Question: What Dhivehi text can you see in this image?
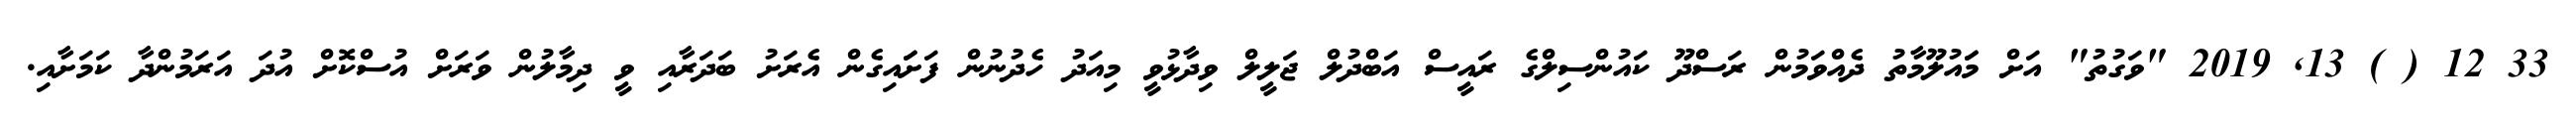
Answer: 33 12 ( ) 13, 2019 "ވަގުތު" އަށް މަައުލޫމާތު ދެއްވަމުން ރަސްދޫ ކައުންސިލްގެ ރައީސް އަބްދުލް ޖަލީލް ވިދާޅުވީ މިއަދު ހެދުނުން ފަށަައިގެން އެރަށު ބަދަރާއި ވީ ދިމާލުން ވަރަށް އުސްކޮށް އުދަ އަރަމުންދާ ކަމަށާއި.